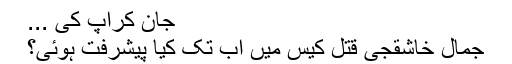
جان کرآپ کی ...
جمال خاشقجی قتل کیس میں اب تک کیا پیشرفت ہوئی؟